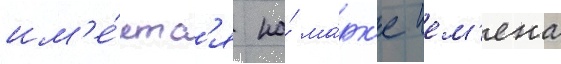
им'е́етс'я на́ ма́рк'е ием'ена